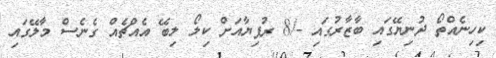
ކިހިނެއްތޯ ދުނިޔޭގައި ބާޒާރުގައި -/8 ރުފިޔާއަށް ކިލޯ ލިބޭ އެއްޗެއް ގެނެސް މާލޭގައި